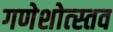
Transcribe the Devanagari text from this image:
गणेशोत्स्तव